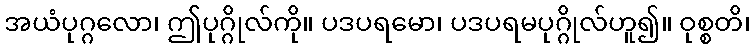
အယံပုဂ္ဂလော၊ ဤပုဂ္ဂိုလ်ကို။ ပဒပရမော၊ ပဒပရမပုဂ္ဂိုလ်ဟူ၍။ ဝုစ္စတိ၊